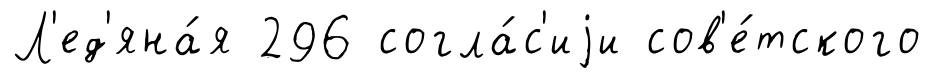
Л'ед'яна́я 296 согла́с'иjи сов'е́тского